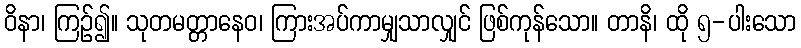
ဝိနာ၊ ကြဉ်၍။ သုတမတ္တာနေဝ၊ ကြားအပ်ကာမျှသာလျှင် ဖြစ်ကုန်သော။ တာနိ၊ ထို ၅-ပါးသော